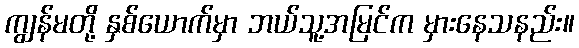
ကျွန်မတို့ နှစ်ယောက်မှာ ဘယ်သူ့အမြင်က မှားနေသနည်း။